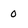
Character: 0